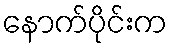
နောက်ပိုင်းက